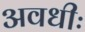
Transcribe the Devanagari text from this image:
अवधीः